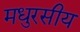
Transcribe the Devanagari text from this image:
मधुरसीय